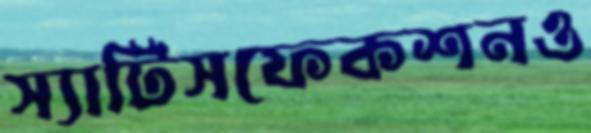
স্যাটিসফেকশনও